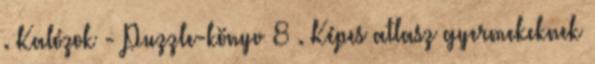
. Kalózok - Puzzle-könyv 8 . Képes atlasz gyermekeknek